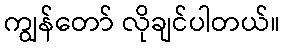
ကျွန်တော် လိုချင်ပါတယ်။